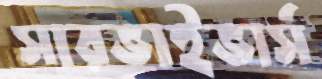
সারভাইভার্স